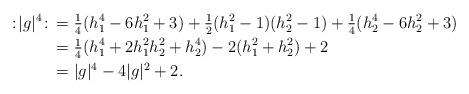
LaTeX: \begin{align*}:\!|g|^4\!:\, & = \tfrac 14 (h_1^4 -6 h_1^2 + 3) + \tfrac 12 (h_1^2 - 1)(h_2^2 - 1)+ \tfrac 14(h_2^4 -6 h_2^2 + 3)\\& = \tfrac 14(h_1^4 + 2 h_1^2 h_2^2 + h_2^4)- 2 (h_1^2 + h_2^2) + 2 \\& = |g|^4 - 4 |g|^2 + 2.\end{align*}